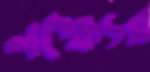
লক্ষ্যের